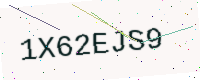
Text: 1X62EJS9